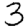
Digit: 3